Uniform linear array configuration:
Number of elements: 16
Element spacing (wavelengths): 1
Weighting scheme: blackman
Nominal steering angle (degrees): -45
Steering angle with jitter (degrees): -43.386
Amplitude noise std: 0.05
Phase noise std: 0.05

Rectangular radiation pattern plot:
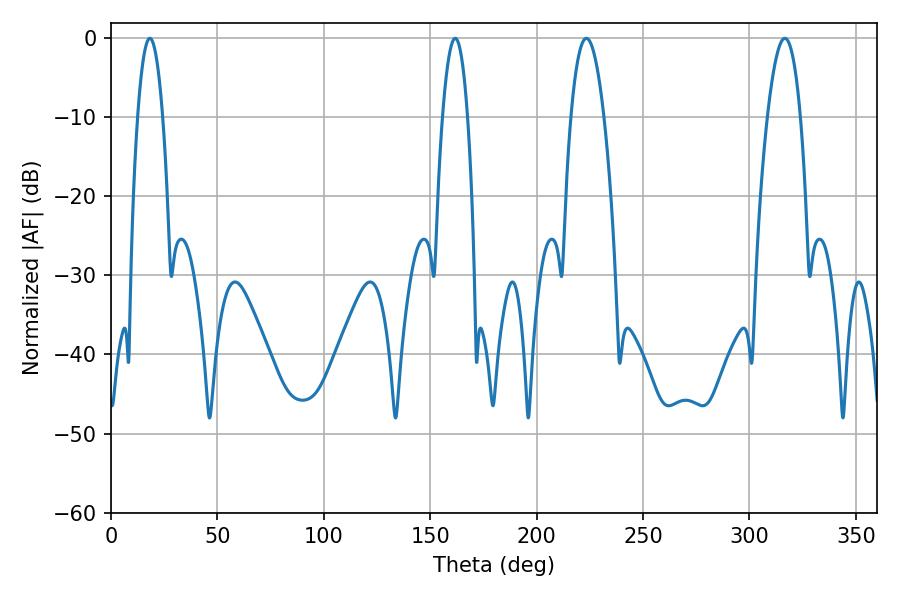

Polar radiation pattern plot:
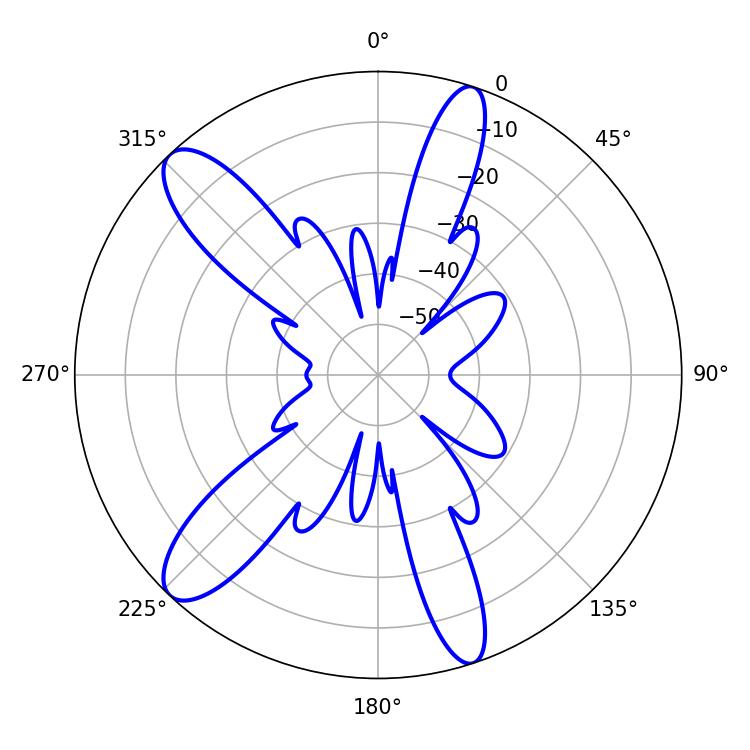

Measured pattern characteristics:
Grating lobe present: TRUE
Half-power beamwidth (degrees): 8.46
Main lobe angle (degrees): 223.38